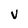
Character: V